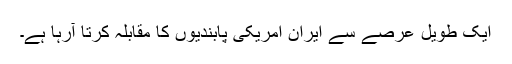
ایک طویل عرصے سے ایران امریکی پابندیوں کا مقابلہ کرتا آرہا ہے۔